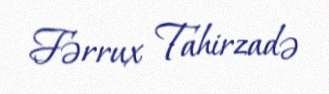
Fərrux Tahirzadə